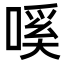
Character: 嗘